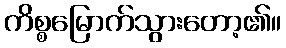
ကိစ္စမြောက်သွားတော့၏။